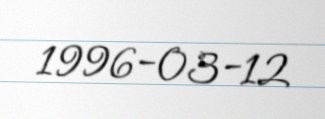
1996-03-12